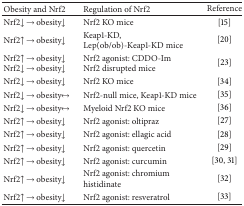
<table><thead><tr><td><b>Obesity and Nrf2 </b></td><td><b>Regulation of Nrf2 </b></td><td><b>Reference</b></td></tr></thead><tbody><tr><td>Nrf2↓→obesity↓</td><td>Nrf2 KO mice</td><td>[15]</td></tr><tr><td>Nrf2↑→obesity↓</td><td>Keap1-KD, Lep(ob/ob)-Keap1-KD mice</td><td>[20]</td></tr><tr><td>Nrf2↑→obesity↓Nrf2↓→obesity↓</td><td>Nrf2 agonist: CDDO-Im Nrf2 disrupted mice</td><td>[23]</td></tr><tr><td>Nrf2↓→obesity↓</td><td>Nrf2 KO mice</td><td>[34]</td></tr><tr><td>Nrf2↓→obesity↔</td><td>Nrf2-null mice, Keap1-KD mice</td><td>[35]</td></tr><tr><td>Nrf2↓→obesity↔</td><td>Myeloid Nrf2 KO mice</td><td>[36]</td></tr><tr><td>Nrf2↑→obesity↓</td><td>Nrf2 agonist: oltipraz</td><td>[27]</td></tr><tr><td>Nrf2↑→obesity↓</td><td>Nrf2 agonist: ellagic acid</td><td>[28]</td></tr><tr><td>Nrf2↑→obesity↓</td><td>Nrf2 agonist: quercetin</td><td>[29]</td></tr><tr><td>Nrf2↑→obesity↓</td><td>Nrf2 agonist: curcumin</td><td>[30, 31]</td></tr><tr><td>Nrf2↑→obesity↓</td><td>Nrf2 agonist: chromium histidinate</td><td>[32]</td></tr><tr><td>Nrf2↑→obesity↓</td><td>Nrf2 agonist: resveratrol</td><td>[33]</td></tr></tbody></table>